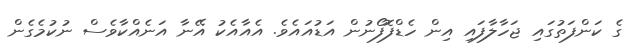
ގެ ކަންފަތުގައި ޖަހާލާފައި އިން ހެޑްފޮފޯނުން އަޑުއައެވެ. އެއާއެކު އޭނާ އަނެއްކާވެސް ނުކުމެގެން